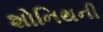
શોનિથની